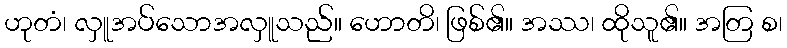
ဟုတံ၊ လှူအပ်သောအလှူသည်။ ဟောတိ၊ ဖြစ်၏။ အဿ၊ ထိုသူ၏။ အတြ စ၊